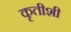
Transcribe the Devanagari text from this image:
कृतीशी